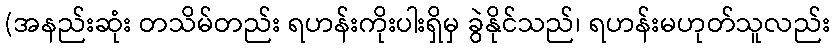
(အနည်းဆုံး တသိမ်တည်း ရဟန်းကိုးပါးရှိမှ ခွဲနိုင်သည်၊ ရဟန်းမဟုတ်သူလည်း